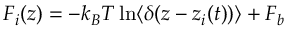
F _ { i } ( z ) = - k _ { B } T \ln \langle \delta ( z - z _ { i } ( t ) ) \rangle + F _ { b }